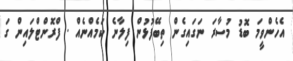
އެހެންވީމަ ބޮޑު މުސާރަ ނަގައިގެން ތިބޭފުޅުން ފިލާނެ ކަމެއްނެއް . ފްރޮންޓްލައިން ގަ